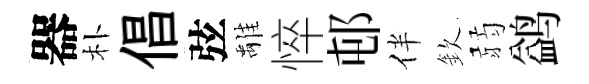
器朴倡弦𩀌悴邨伴欽弱鹢